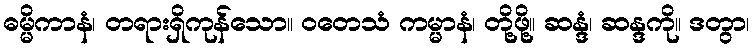
ဓမ္မိကာနံ၊ တရားရှိကုန်သော။ ဝတေသံ ကမ္မာနံ၊ တို့ဖို့။ ဆန္ဒံ၊ ဆန္ဒကို။ ဒတွာ၊